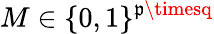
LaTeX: M\in\{ 0,1\} ^{\mathfrak{p}\timesq}